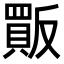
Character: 𧶶